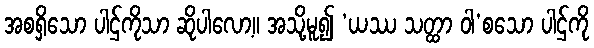
အစရှိသော ပါဌ်ကိုသာ ဆိုပါလော့။ အသို့မူ၍ ‘ယဿ သတ္ထာ ဝါ’စသော ပါဌ်ကို